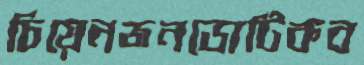
চিয়েনজনডোটিকব